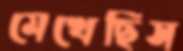
মেখেছিস